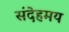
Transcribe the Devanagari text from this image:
संदेहमय